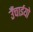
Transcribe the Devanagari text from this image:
उँचाईयो